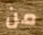
من